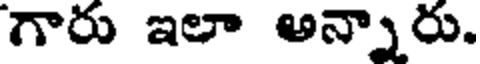
గారు ఇలా అన్నారు.